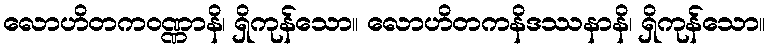
လောဟိတကဝဏ္ဏာနိ၊ ရှိကုန်သော။ လောဟိတကနိဒဿနာနိ၊ ရှိကုန်သော။